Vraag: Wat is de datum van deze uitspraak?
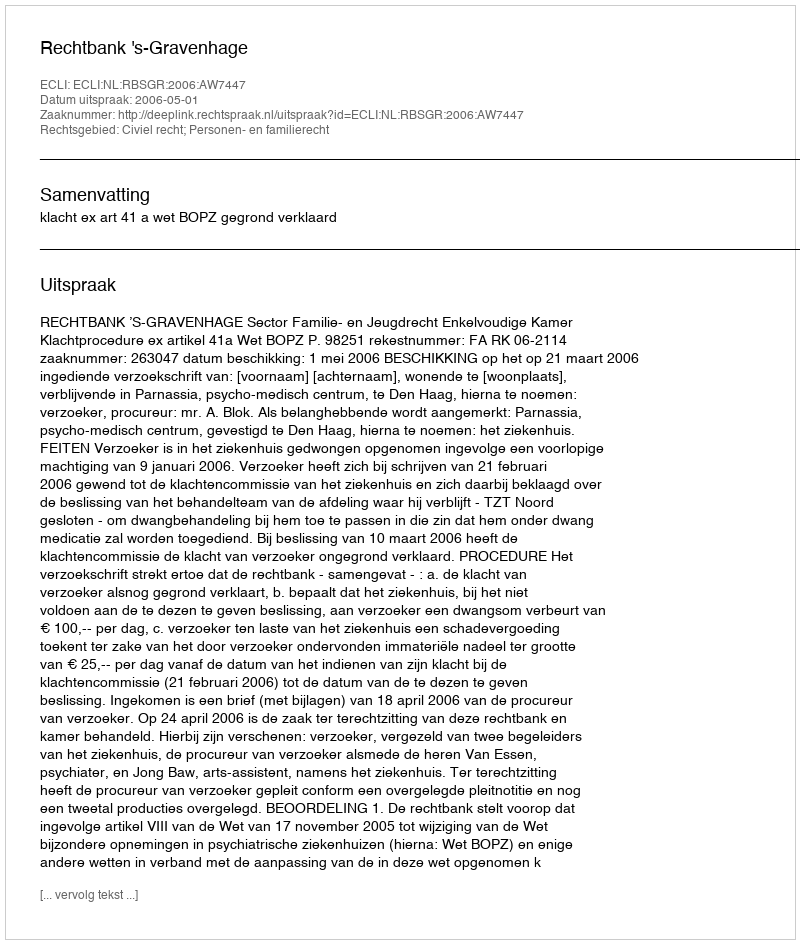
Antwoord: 2006-05-01